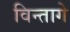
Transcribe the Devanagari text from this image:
विन्तागे